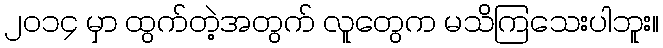
၂၀၁၄ မှာ ထွက်တဲ့အတွက် လူတွေက မသိကြသေးပါဘူး။